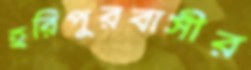
হরিপুরবাসীর